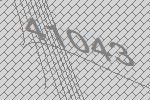
41043